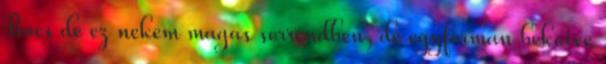
Bocs de ez nekem magas sorrendben, de egyforman bekotve